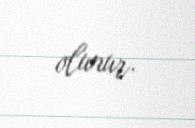
olunur.